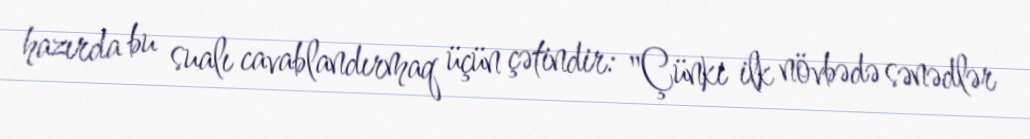
hazırda bu sualı cavablandırmaq üçün çətindir: "Çünki ilk növbədə sənədlər